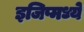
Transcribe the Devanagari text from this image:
इजिप्मध्ये